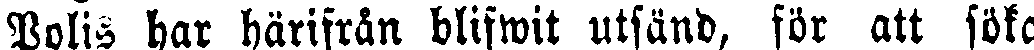
Polis har härifrån blifwit utfänd, för att söka